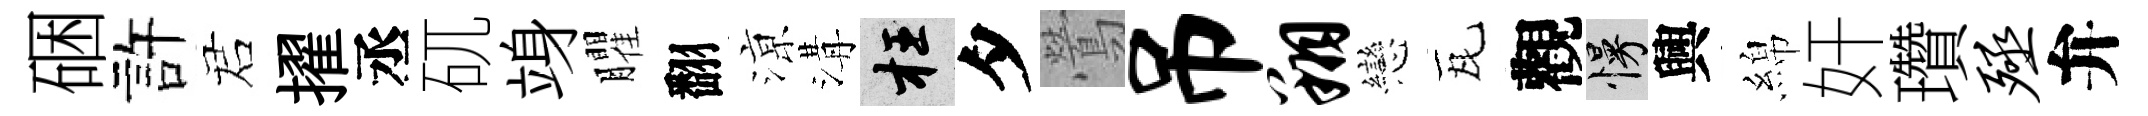
硱許诺擢丞矹竧臞翻鿌溝枉夕鶯吊翔戀瓦觀慢興綿奸瓚殛弁